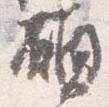
願